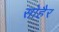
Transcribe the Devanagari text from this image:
सोहैर